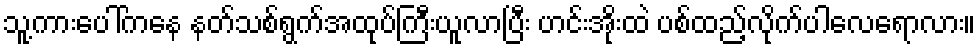
သူ့ကားပေါ်ကနေ နတ်သစ်ရွက်အထုပ်ကြီးယူလာပြီး ဟင်းအိုးထဲ ပစ်ထည့်လိုက်ပါလေရောလား။